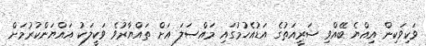
ވަކިވަކިން އިއްޔެ ބޭއްވި ޝަރީއަތުގެ އަޑުއެހުމުގައި މައްސަލަ އަށް ތައްޔާރުވެ ވަކީލަކު އައްޔަންކުރުމަށް